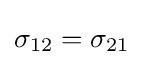
\sigma _{12}=\sigma _{21}